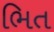
ભિત